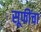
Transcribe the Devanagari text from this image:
सूफींचा